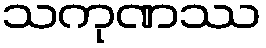
သကုဏဿ